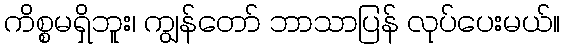
ကိစ္စမရှိဘူး၊ ကျွန်တော် ဘာသာပြန် လုပ်ပေးမယ်။